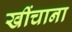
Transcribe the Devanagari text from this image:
खींचाना